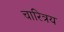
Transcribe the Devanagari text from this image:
चारित्रय